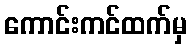
ကောင်းကင်ထက်မှ